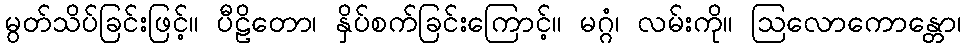
မွတ်သိပ်ခြင်းဖြင့်။ ပီဠိတော၊ နှိပ်စက်ခြင်းကြောင့်။ မဂ္ဂံ၊ လမ်းကို။ ဩလောကောန္တော၊